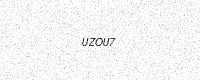
Text: UZOU7